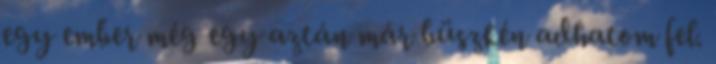
egy ember még egy aztán már büszkén adhatom fel.